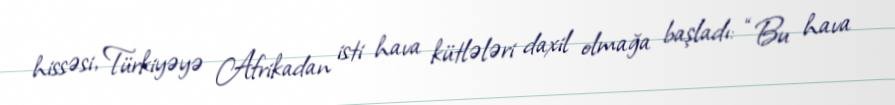
hissəsi, Türkiyəyə Afrikadan isti hava kütlələri daxil olmağa başladı: “Bu hava